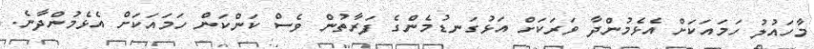
މާހައުލު ހަމައަކަށް އެޅެމުންދާ ވަރަކަށް އަޅުގަނޑުމެންގެ ފަރާތުން ވެސް ކަންކަން ހަމައަކަށް އެޅެމުންދާނެ.